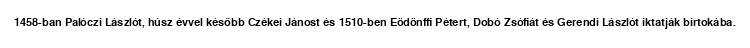
1458-ban Palóczi Lászlót, húsz évvel később Czékei Jánost és 1510-ben Eödönffi Pétert, Dobó Zsófiát és Gerendi Lászlót iktatják birtokába.